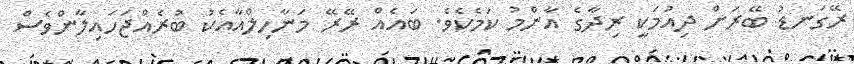
ރޭގަނޑު ބޭރަށް ދިއުމަކީ ރިދާގެ އާންމު ކަމެކެވެ. ބައެއް ރޭރޭ މަނާހިލްއާއެކު ބުރެއްޖަހައިލާންވެސް